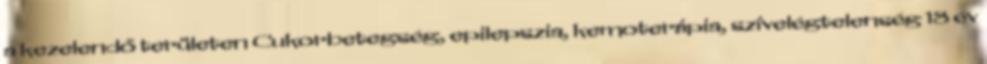
a kezelendő területen Cukorbetegség, epilepszia, kemoterápia, szívelégtelenség 18 év